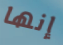
إنها